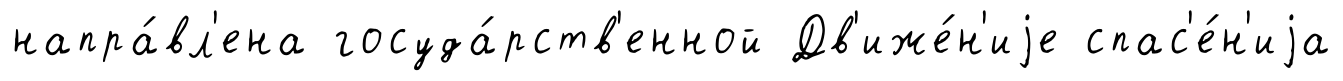
напра́вл'ена госуда́рств'енной Дв'иже́н'иjе спас'е́н'иjа